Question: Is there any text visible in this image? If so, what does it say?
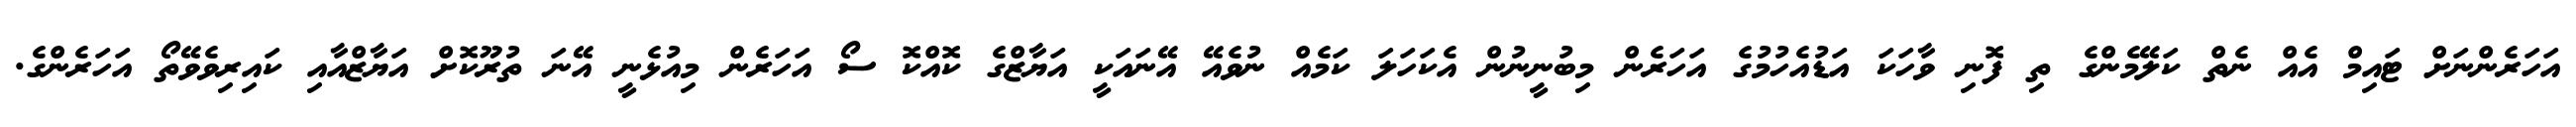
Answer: އަހަރެންނަށް ޓައިމް އެއް ނެތް ކަލޭމެންގެ ތި ފޮނި ވާހަކަ އަޑުއެހުމުގެ އަހަރެން މިބުނީނުން އެކަހަލަ ކަމެއް ނުވެއޭ އޭނައަކީ އަޔާޒްގެ ކޮއްކޮ ސޯ އަހަރެން މިއުޅެނީ އޭނަ ތުރޫކޮށް އަޔާޒްއާއި ކައިރިވެވޭތޯ އަހަރެންގެ.